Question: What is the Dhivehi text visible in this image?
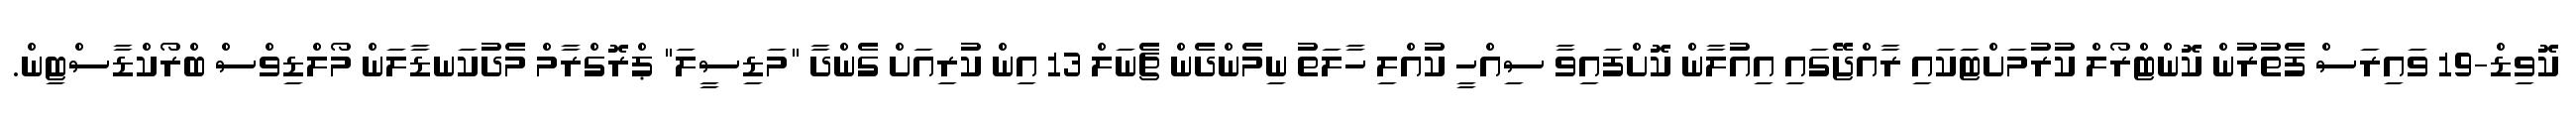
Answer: ކޮވިޑް-19 ވައިރަސް ފެތުރުން ކޮންޓްރޯލް ކުރުމަށްޓަކައި ރާއްޖޭގައި އިއުލާން ކޮށްފައިވާ ސިއްހީ ކުއްލި ހާލަތު ނިމެންދެން ޗެނަލް 13 އިން ކުރިއަށް ގެންދާ "މަޑިސީލަ" ޕްރޮގްރާމް މެދުކަނޑާލަން މޯލްޑިވްސް ބްރޯކްޑާސްޓިން.